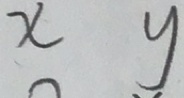
x y